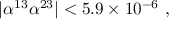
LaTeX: | \alpha ^ { 1 3 } \alpha ^ { 2 3 } | < 5 . 9 \times 1 0 ^ { - 6 } \ ,